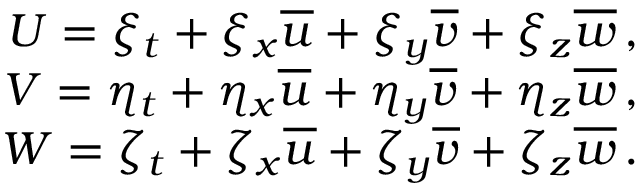
\begin{array} { r } { U = \xi _ { t } + \xi _ { x } \overline { { u } } + \xi _ { y } \overline { { v } } + \xi _ { z } \overline { { w } } \, \mathrm { , } } \\ { V = \eta _ { t } + \eta _ { x } \overline { { u } } + \eta _ { y } \overline { { v } } + \eta _ { z } \overline { { w } } \, \mathrm { , } } \\ { W = \zeta _ { t } + \zeta _ { x } \overline { { u } } + \zeta _ { y } \overline { { v } } + \zeta _ { z } \overline { { w } } \, \mathrm { . } } \end{array}